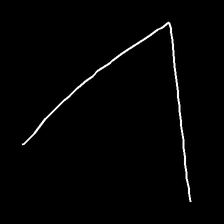
Glyph: region